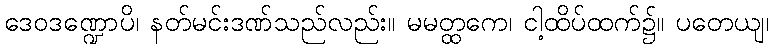
ဒေဝဒဏ္ဍောပိ၊ နတ်မင်းဒဏ်သည်လည်း။ မမတ္ထကေ၊ ငါ့ထိပ်ထက်၌။ ပတေယျ၊